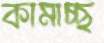
কামাচ্ছ